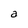
Character: a